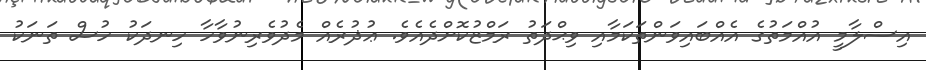
އިސްލާމީ އުއްމަތުގެ އެއްބައިވަންތަކަމާއި ވިޙްދަތު ރަމްޒުކޮށްދެއެވެ. ޢުޛުރެއް މެދުވެރިނުވާހާ ހިނދަކު ހުސް ތަނަކު